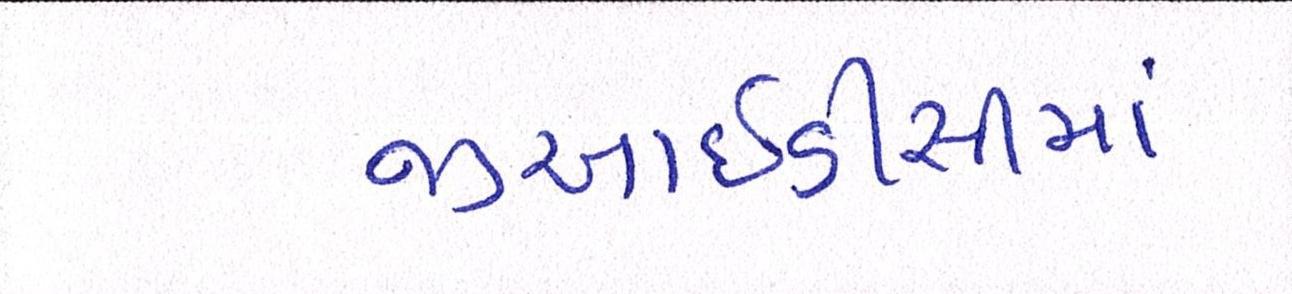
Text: જીઆઇડીસીમાં